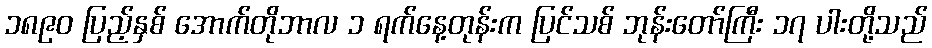
၁၈၉၀ ပြည့်နှစ် အောက်တိုဘာလ ၁ ရက်နေ့တုန်းက ပြင်သစ် ဘုန်းတော်ကြီး ၁၇ ပါးတို့သည်